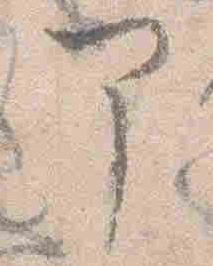
部